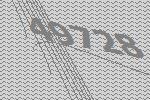
49728